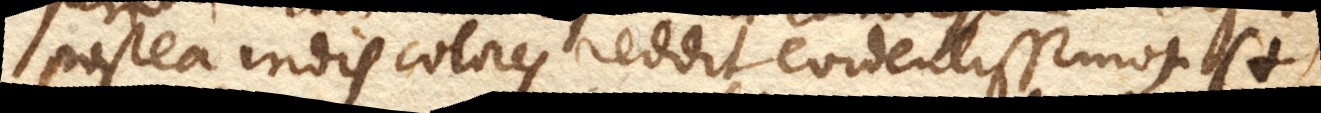
postea iridis colores reddit evidentissimos. (+